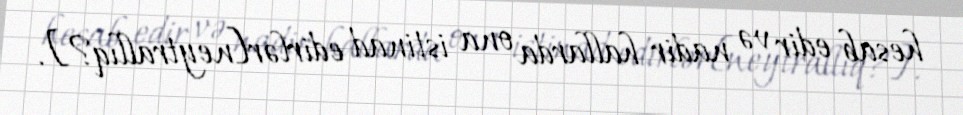
hesab edir və nadir hallarda ona istinad edirlər[neytrallıq?].